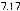
7.17